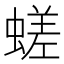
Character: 𧏞